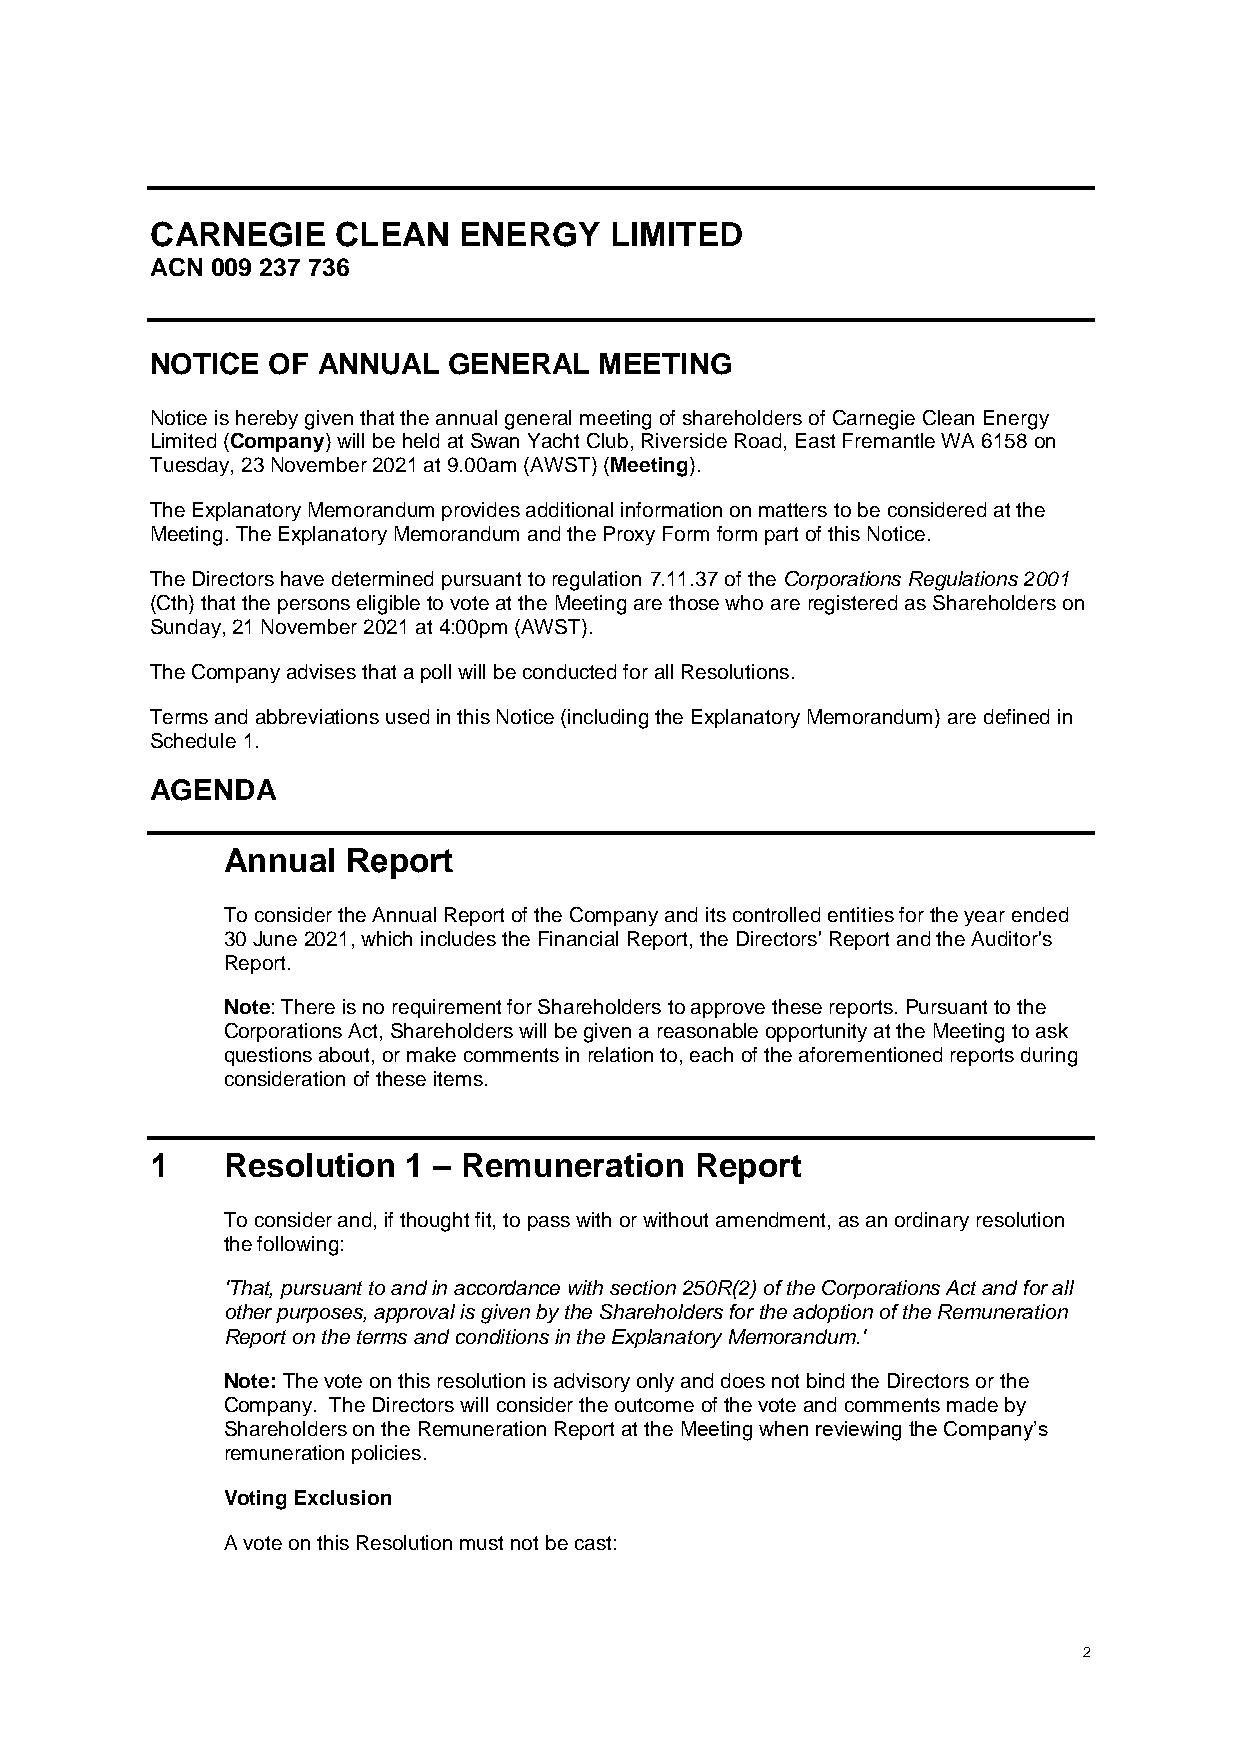
CARNEGIE    CLEAN   ENERGY    LIMITED
 ACN 009 237 736
 NOTICE  OF ANNUAL   GENERAL   MEETING
 Notice is hereby given that the annual general meeting of shareholders of Carnegie Clean Energy
 Limited (Company) will be held at Swan Yacht Club, Riverside Road, East Fremantle WA 6158 on
 Tuesday, 23 November 2021 at 9.00am (AWST) (Meeting).
 The Explanatory Memorandum provides additional information on matters to be considered at the
 Meeting. The Explanatory Memorandum and the Proxy Form form part of this Notice.
 The Directors have determined pursuant to regulation 7.11.37 of the Corporations Regulations 2001
 (Cth) that the persons eligible to vote at the Meeting are those who are registered as Shareholders on
 Sunday, 21 November 2021 at 4:00pm (AWST).
 The Company advises that a poll will be conducted for all Resolutions.
 Terms and abbreviations used in this Notice (including the Explanatory Memorandum) are defined in
 Schedule 1.
 AGENDA
 Annual  Report
 To consider the Annual Report of the Company and its controlled entities for the year ended
 30 June 2021, which includes the Financial Report, the Directors' Report and the Auditor's
 Report.
 Note: There is no requirement for Shareholders to approve these reports. Pursuant to the
 Corporations Act, Shareholders will be given a reasonable opportunity at the Meeting to ask
 questions about, or make comments in relation to, each of the aforementioned reports during
 consideration of these items.
 1    Resolution  1 – Remuneration   Report
 To consider and, if thought fit, to pass with or without amendment, as an ordinary resolution
 the following:
 'That, pursuant to and in accordance with section 250R(2) of the Corporations Act and for all
 other purposes, approval is given by the Shareholders for the adoption of the Remuneration
 Report on the terms and conditions in the Explanatory Memorandum.'
 Note: The vote on this resolution is advisory only and does not bind the Directors or the
 Company. The Directors will consider the outcome of the vote and comments made by
 Shareholders on the Remuneration Report at the Meeting when reviewing the Company’s
 remuneration policies.
 Voting Exclusion
 A vote on this Resolution must not be cast:
 2